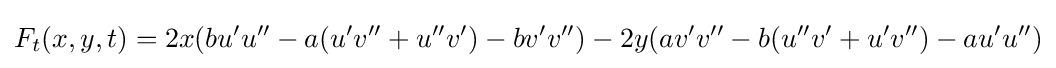
F_{t}(x,y,t)=2x(bu'u''-a(u'v''+u''v')-bv'v'')-2y(av'v''-b(u''v'+u'v'')-au'u'')